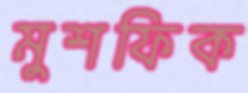
মুশফিক